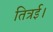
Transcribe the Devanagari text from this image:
तित्रई।